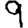
Digit: 9